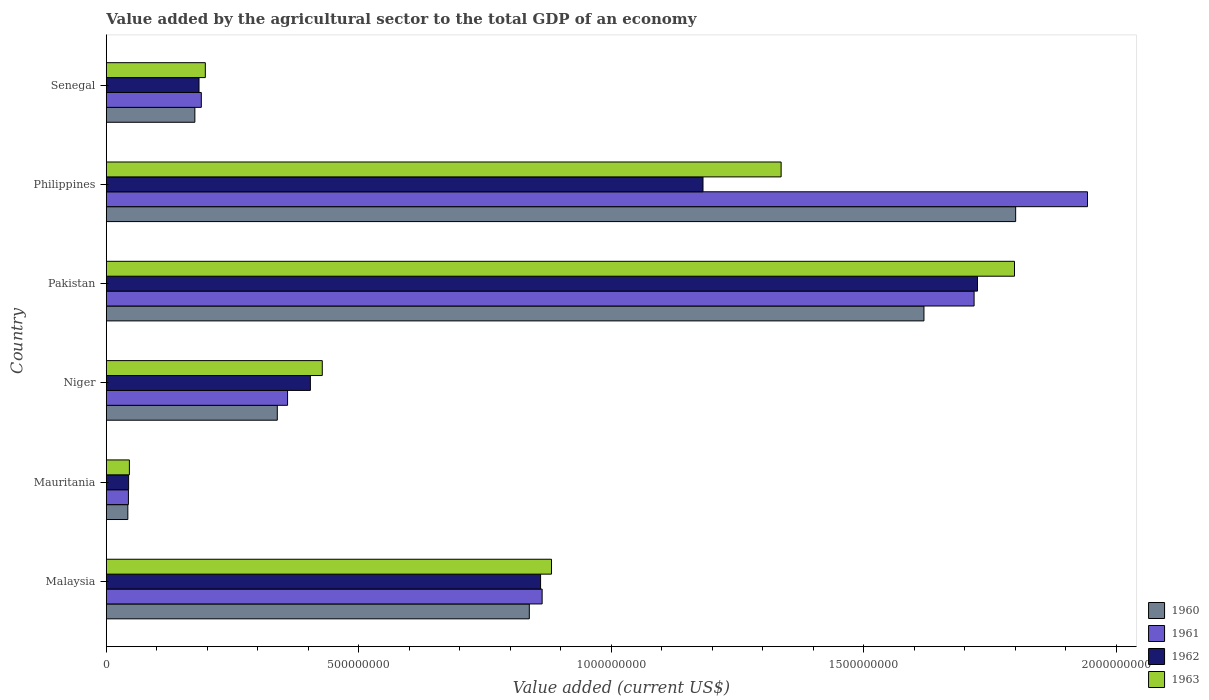
| Country | 1960 | 1961 | 1962 | 1963 |
 | --- | --- | --- | --- | --- |
 | Malaysia | 8.38e+08 | 8.63e+08 | 8.6e+08 | 8.82e+08 |
 | Mauritania | 4.26e+07 | 4.37e+07 | 4.41e+07 | 4.57e+07 |
 | Niger | 3.39e+08 | 3.59e+08 | 4.04e+08 | 4.28e+08 |
 | Pakistan | 1.62e+09 | 1.72e+09 | 1.73e+09 | 1.8e+09 |
 | Philippines | 1.8e+09 | 1.94e+09 | 1.18e+09 | 1.34e+09 |
 | Senegal | 1.75e+08 | 1.88e+08 | 1.84e+08 | 1.96e+08 |